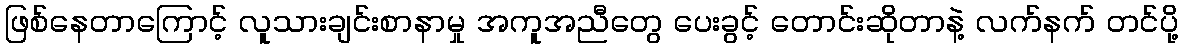
ဖြစ်နေတာကြောင့် လူသားချင်းစာနာမှု အကူအညီတွေ ပေးခွင့် တောင်းဆိုတာနဲ့ လက်နက် တင်ပို့